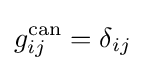
g_{ij}^{\text{can}}=\delta _{ij}